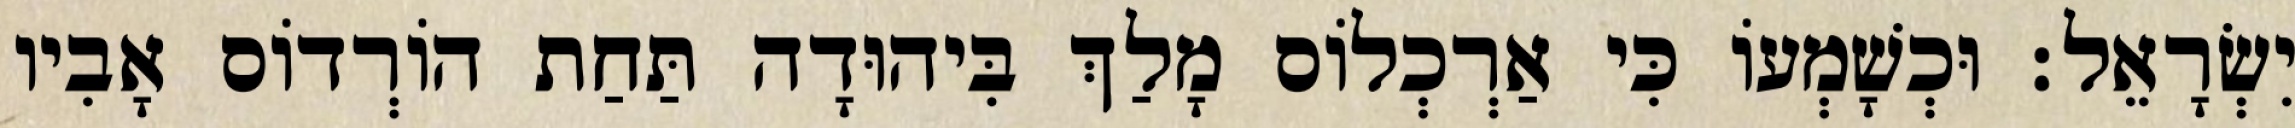
יִשְׂרָאֵל׃ וּכְשָׁמְעוֹ כִּי אַרְכְלוֹס מָלַךְ בִּיהוּדָה תַּחַת הוֹרְדוֹס אָבִיו